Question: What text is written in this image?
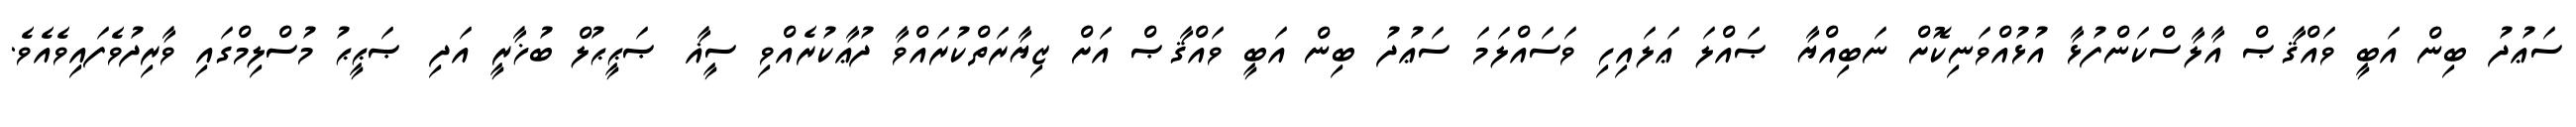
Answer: ސަޢުދު ބިން އަބީ ވައްޤާޞް އާލާސްކަންފުޅާ އުޅުއްވަނިކޮށް ނަބިއްޔާ ޞައްލަ ޢަލައިހި ވަސައްލަމަ ސަޢުދު ބިން އަބީ ވައްޤާޞް އަށް ޒިޔާރަތްކުރައްވާ ދުޢާކުރެއްވި ސީޣާ ޞަޙީޙުލް ބުޚާރީ އަދި ޞަޙީޙު މުސްލިމްގައި ވާރިދުވެފައިވެއެވެ.